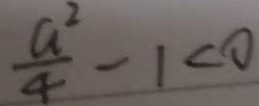
\frac { a ^ { 2 } } { 4 } - 1 < 0